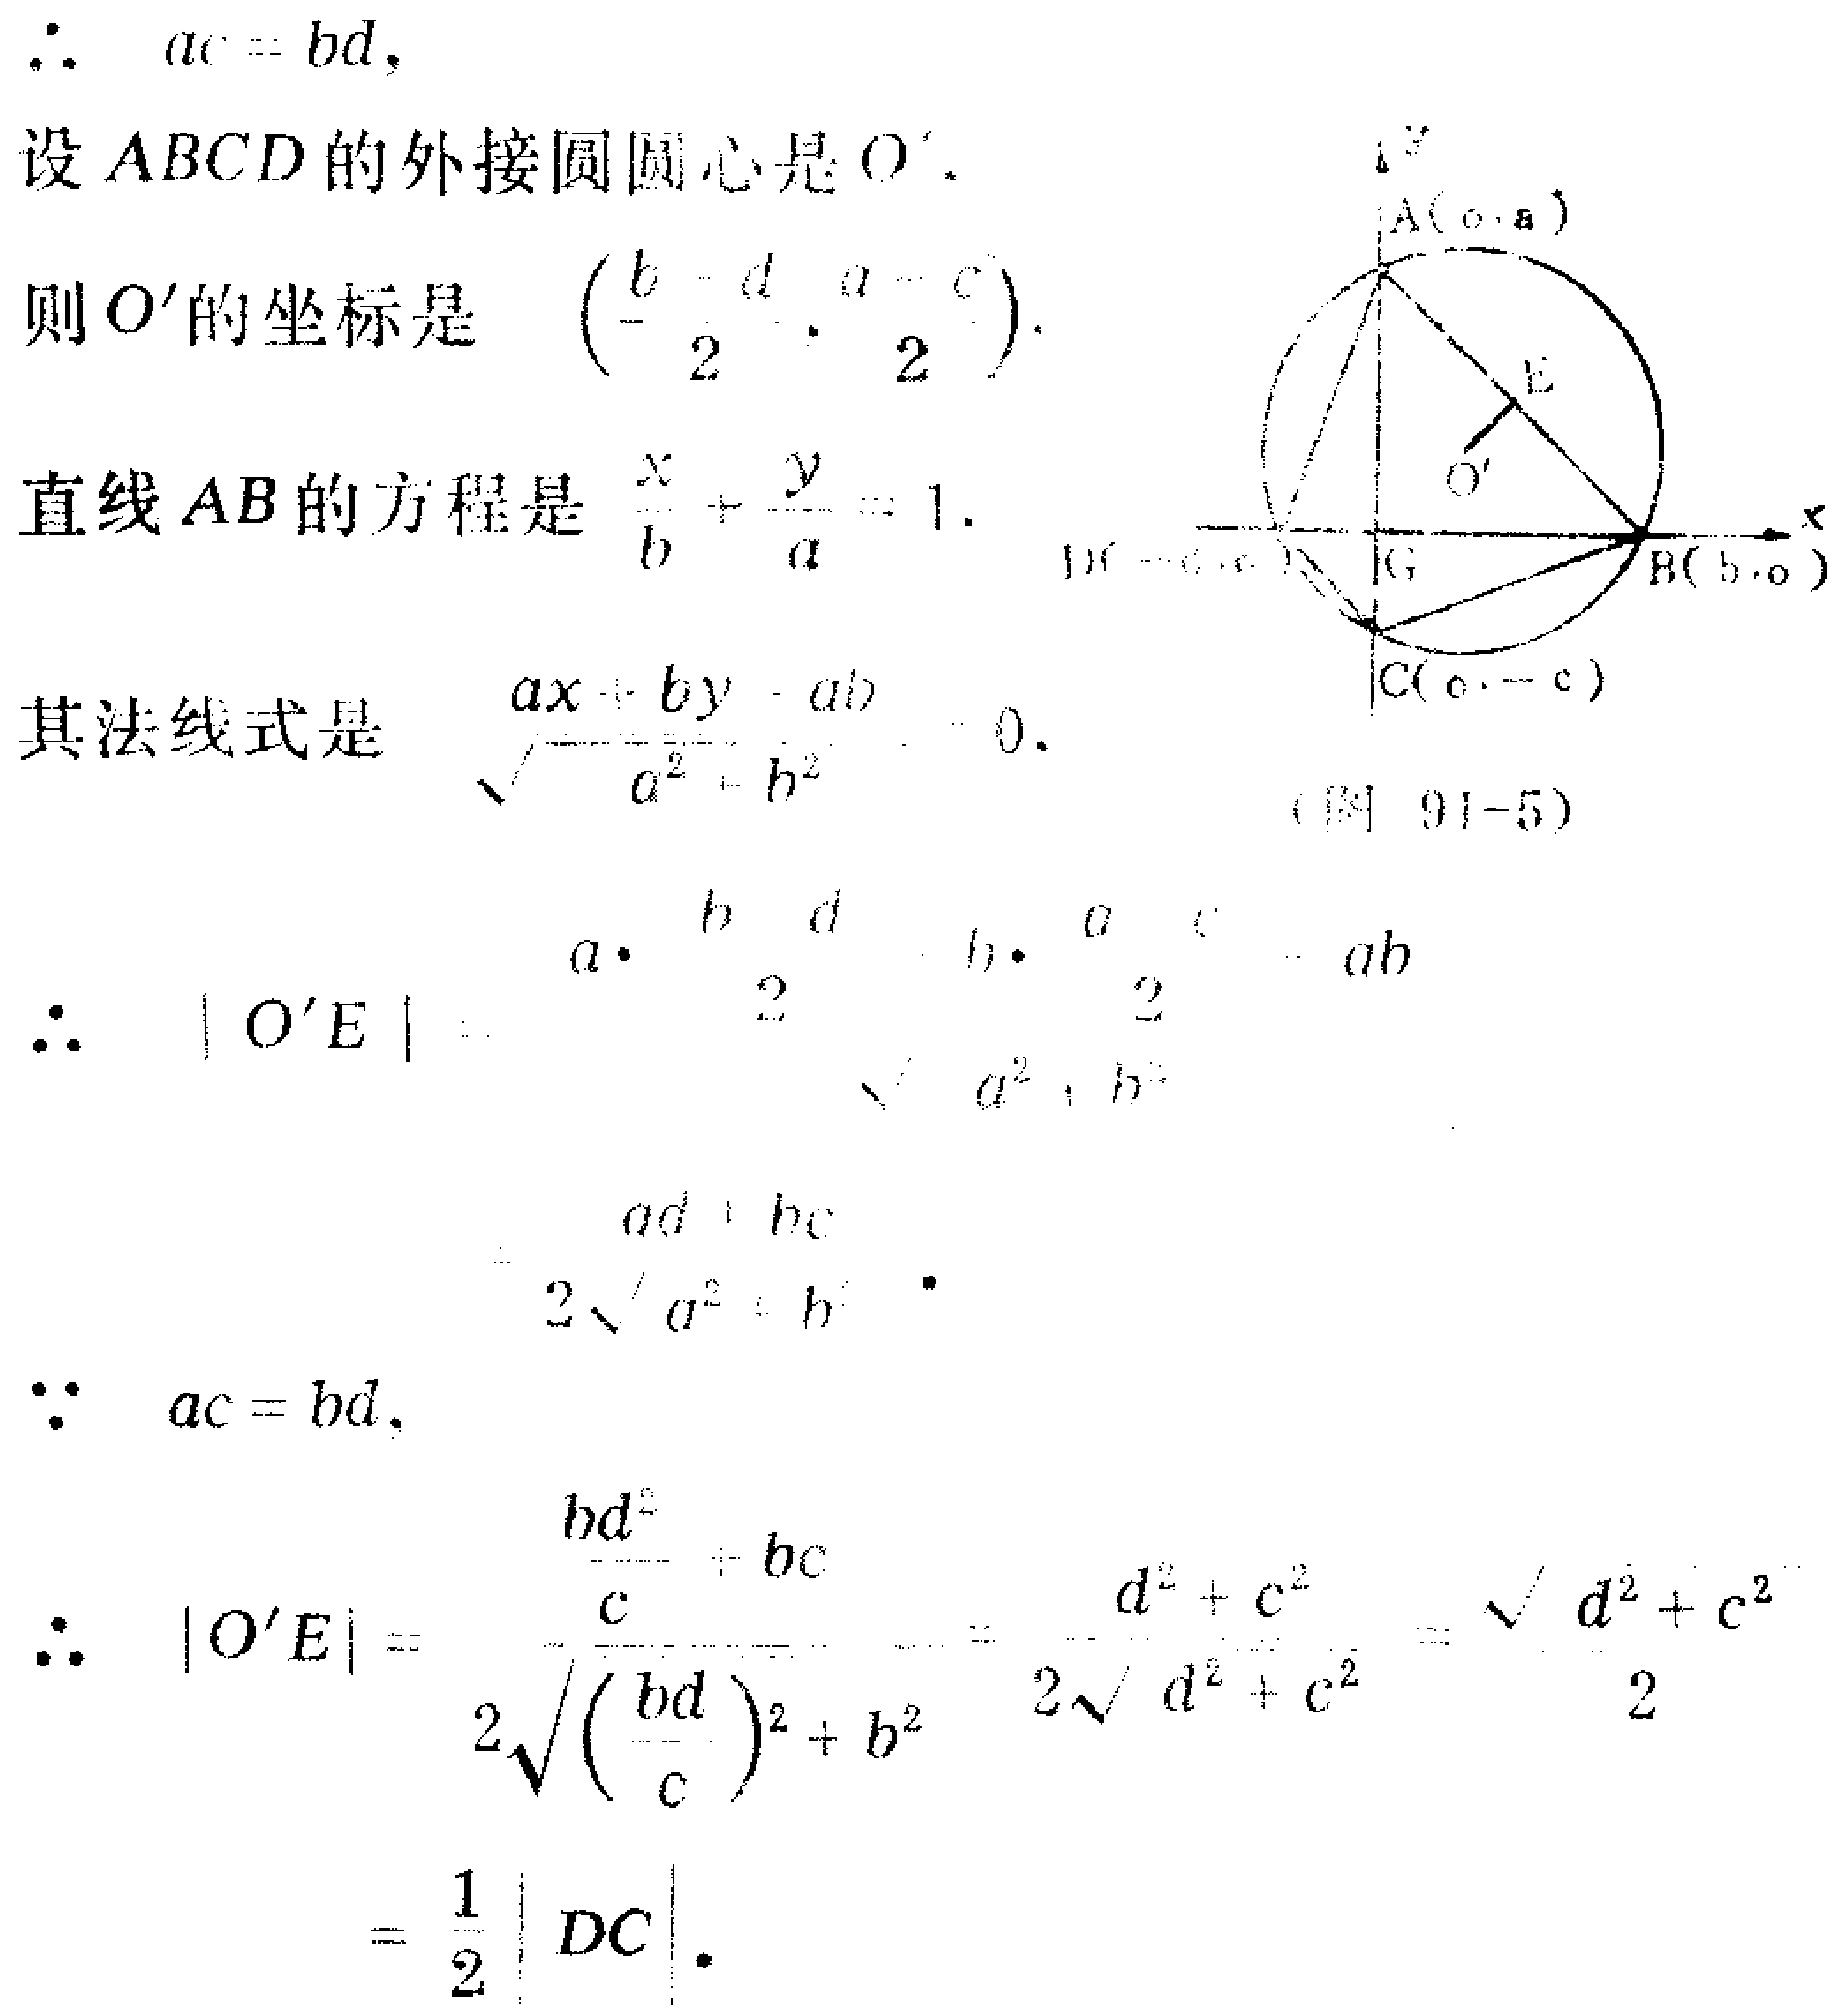
\begin{align*}
&\therefore\ ac = bd,\\
&设\ ABCD\ 的外接圆圆心是\ O'.\\
&则\ O'\ 的坐标是\ \left(\frac{b - d}{2},\frac{a - c}{2}\right).\\
&直线\ AB\ 的方程是\ \frac{x}{b}+\frac{y}{a}=1.\\
&其法线式是\ \frac{ax + by - ab}{\sqrt{a^{2}+b^{2}}}=0.\\
&\therefore\ |O'E|=\frac{\left|a\cdot\frac{b - d}{2}+b\cdot\frac{a - c}{2}-ab\right|}{\sqrt{a^{2}+b^{2}}}\\
&=\frac{|ad + bc|}{2\sqrt{a^{2}+b^{2}}}.\\
&\because\ ac = bd,\\
&\therefore\ |O'E|=\frac{\left|\frac{bd^{2}}{c}+bc\right|}{2\sqrt{\left(\frac{bd}{c}\right)^{2}+b^{2}}}=\frac{d^{2}+c^{2}}{2\sqrt{d^{2}+c^{2}}}=\frac{\sqrt{d^{2}+c^{2}}}{2}\\
&=\frac{1}{2}|DC|.
\end{align*}